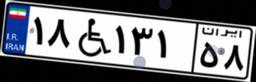
۱۸W۱۳۱۵۸